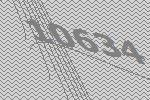
10634